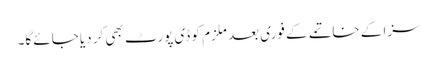
سزا کے خاتمے کے فوری بعد ملزم کو ڈی پورٹ بھی کر دیا جائے گا۔